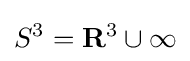
S^{3}=\mathbf {R} ^{3}\cup \infty